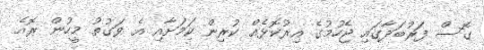
ގޮސް ފަރުބަދާގައި ޖެހުމުގެ އިރުކޮޅެއް ކުރިން ކަމަށާއި އެ ވަގުތު މީހުން ރޮއެ